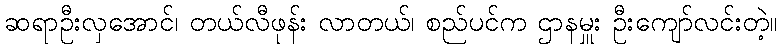
ဆရာဦးလှအောင်၊ တယ်လီဖုန်း လာတယ်၊ စည်ပင်က ဌာနမှူး ဦးကျော်လင်းတဲ့။